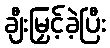
ချီးမြှင့်ခဲ့ပြီး